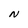
Character: N